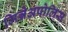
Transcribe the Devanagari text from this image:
मिन्नेअपोलिस